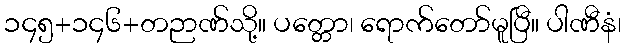
၁၄၅+၁၄၆+တဉာဏ်သို့။ ပတ္တော၊ ရောက်တော်မူပြီ။ ပါဏီနံ၊